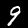
Digit: 9